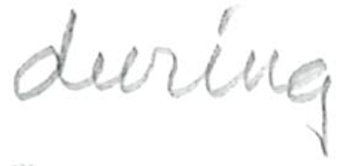
Text: during
Cross-out: clean
Writing tool: pencil